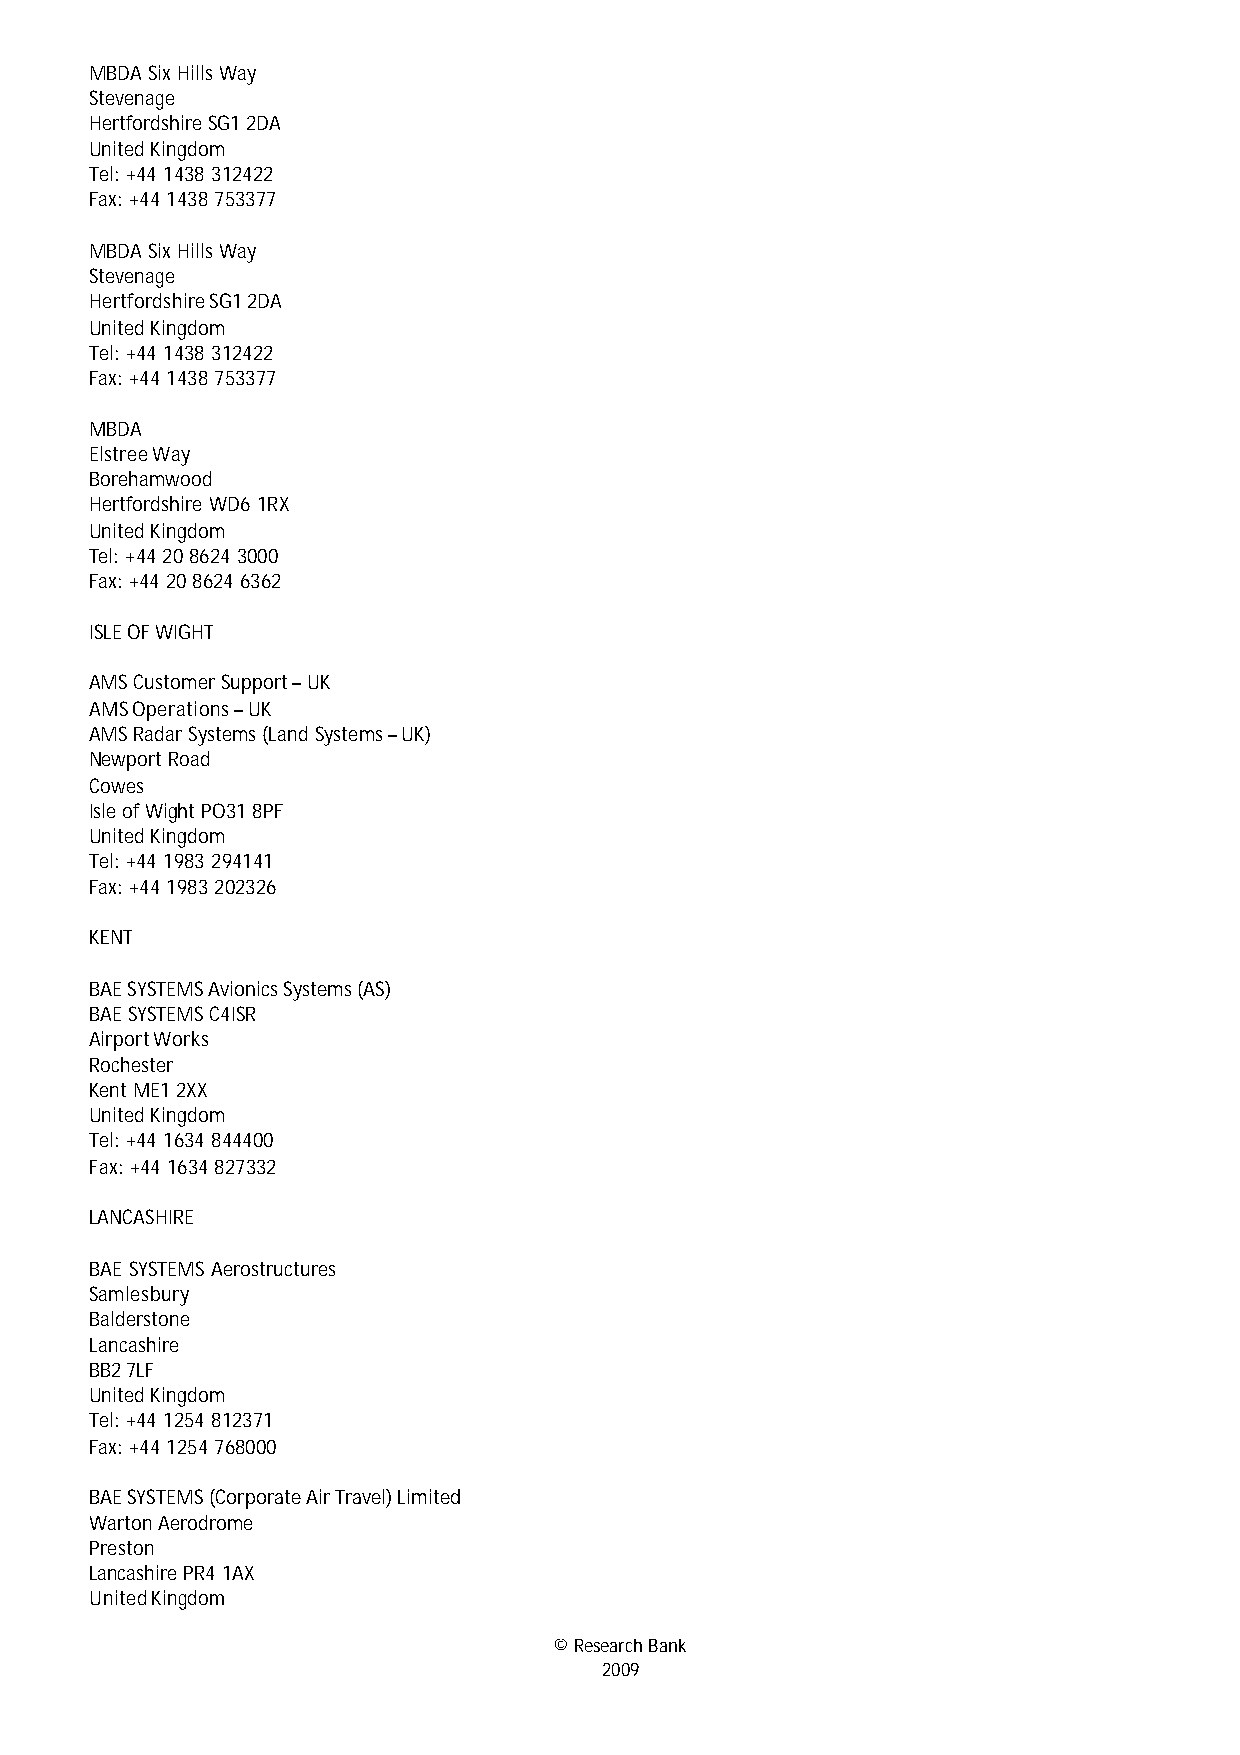
MBDA Six Hills Way
 Stevenage
 Hertfordshire SG1 2DA
 United Kingdom
 Tel: +44 1438 312422
 Fax: +44 1438 753377
 MBDA Six Hills Way
 Stevenage
 Hertfordshire SG1 2DA
 United Kingdom
 Tel: +44 1438 312422
 Fax: +44 1438 753377
 MBDA
 Elstree Way
 Borehamwood
 Hertfordshire WD6 1RX
 United Kingdom
 Tel: +44 20 8624 3000
 Fax: +44 20 8624 6362
 ISLE OF WIGHT
 AMS Customer Support – UK
 AMS Operations – UK
 AMS Radar Systems (Land Systems – UK)
 Newport Road
 Cowes
 Isle of Wight PO31 8PF
 United Kingdom
 Tel: +44 1983 294141
 Fax: +44 1983 202326
 KENT
 BAE SYSTEMS Avionics Systems (AS)
 BAE SYSTEMS C4ISR
 Airport Works
 Rochester
 Kent ME1 2XX
 United Kingdom
 Tel: +44 1634 844400
 Fax: +44 1634 827332
 LANCASHIRE
 BAE SYSTEMS Aerostructures
 Samlesbury
 Balderstone
 Lancashire
 BB2 7LF
 United Kingdom
 Tel: +44 1254 812371
 Fax: +44 1254 768000
 BAE SYSTEMS (Corporate Air Travel) Limited
 Warton Aerodrome
 Preston
 Lancashire PR4 1AX
 United Kingdom
 © Research Bank
 2009